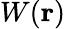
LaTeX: W(\mathbf{r})